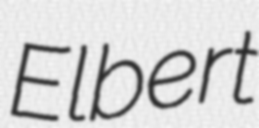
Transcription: Elbert